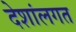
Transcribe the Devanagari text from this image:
देशांलगत